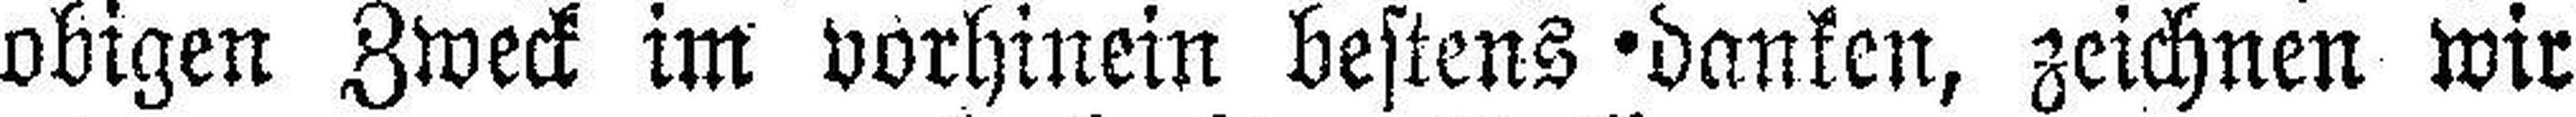
obigen Zweck im vorhinein bestens Danken, zeichnen wir